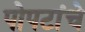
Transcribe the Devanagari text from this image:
पोपटांचे